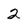
Character: 2